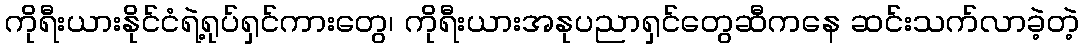
ကိုရီးယားနိုင်ငံရဲ့ရုပ်ရှင်ကားတွေ၊ ကိုရီးယားအနုပညာရှင်တွေဆီကနေ ဆင်းသက်လာခဲ့တဲ့